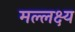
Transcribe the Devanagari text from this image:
मल्लक्ष्य